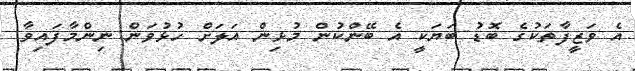
އެ ވަޒީފާތަކުގެ ބޮޑު ބަޔަކީ އެ ބޭންކުން މުޅިން އަލަށް ހުޅުވަން ނިންމާފައިވާ